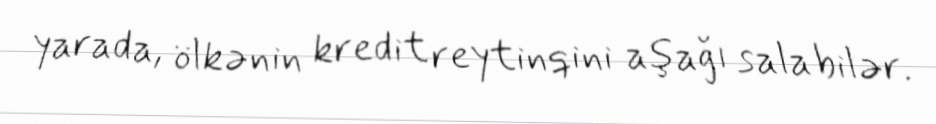
yarada, ölkənin kredit reytinqini aşağı sala bilər.